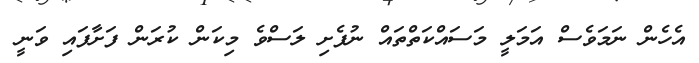
އެހެން ނަމަވެސް އަމަލީ މަސައްކަތްތައް ނުފެށި ލަސްވެ މިކަން ކުރަން ފަށާފަައި ވަނީ